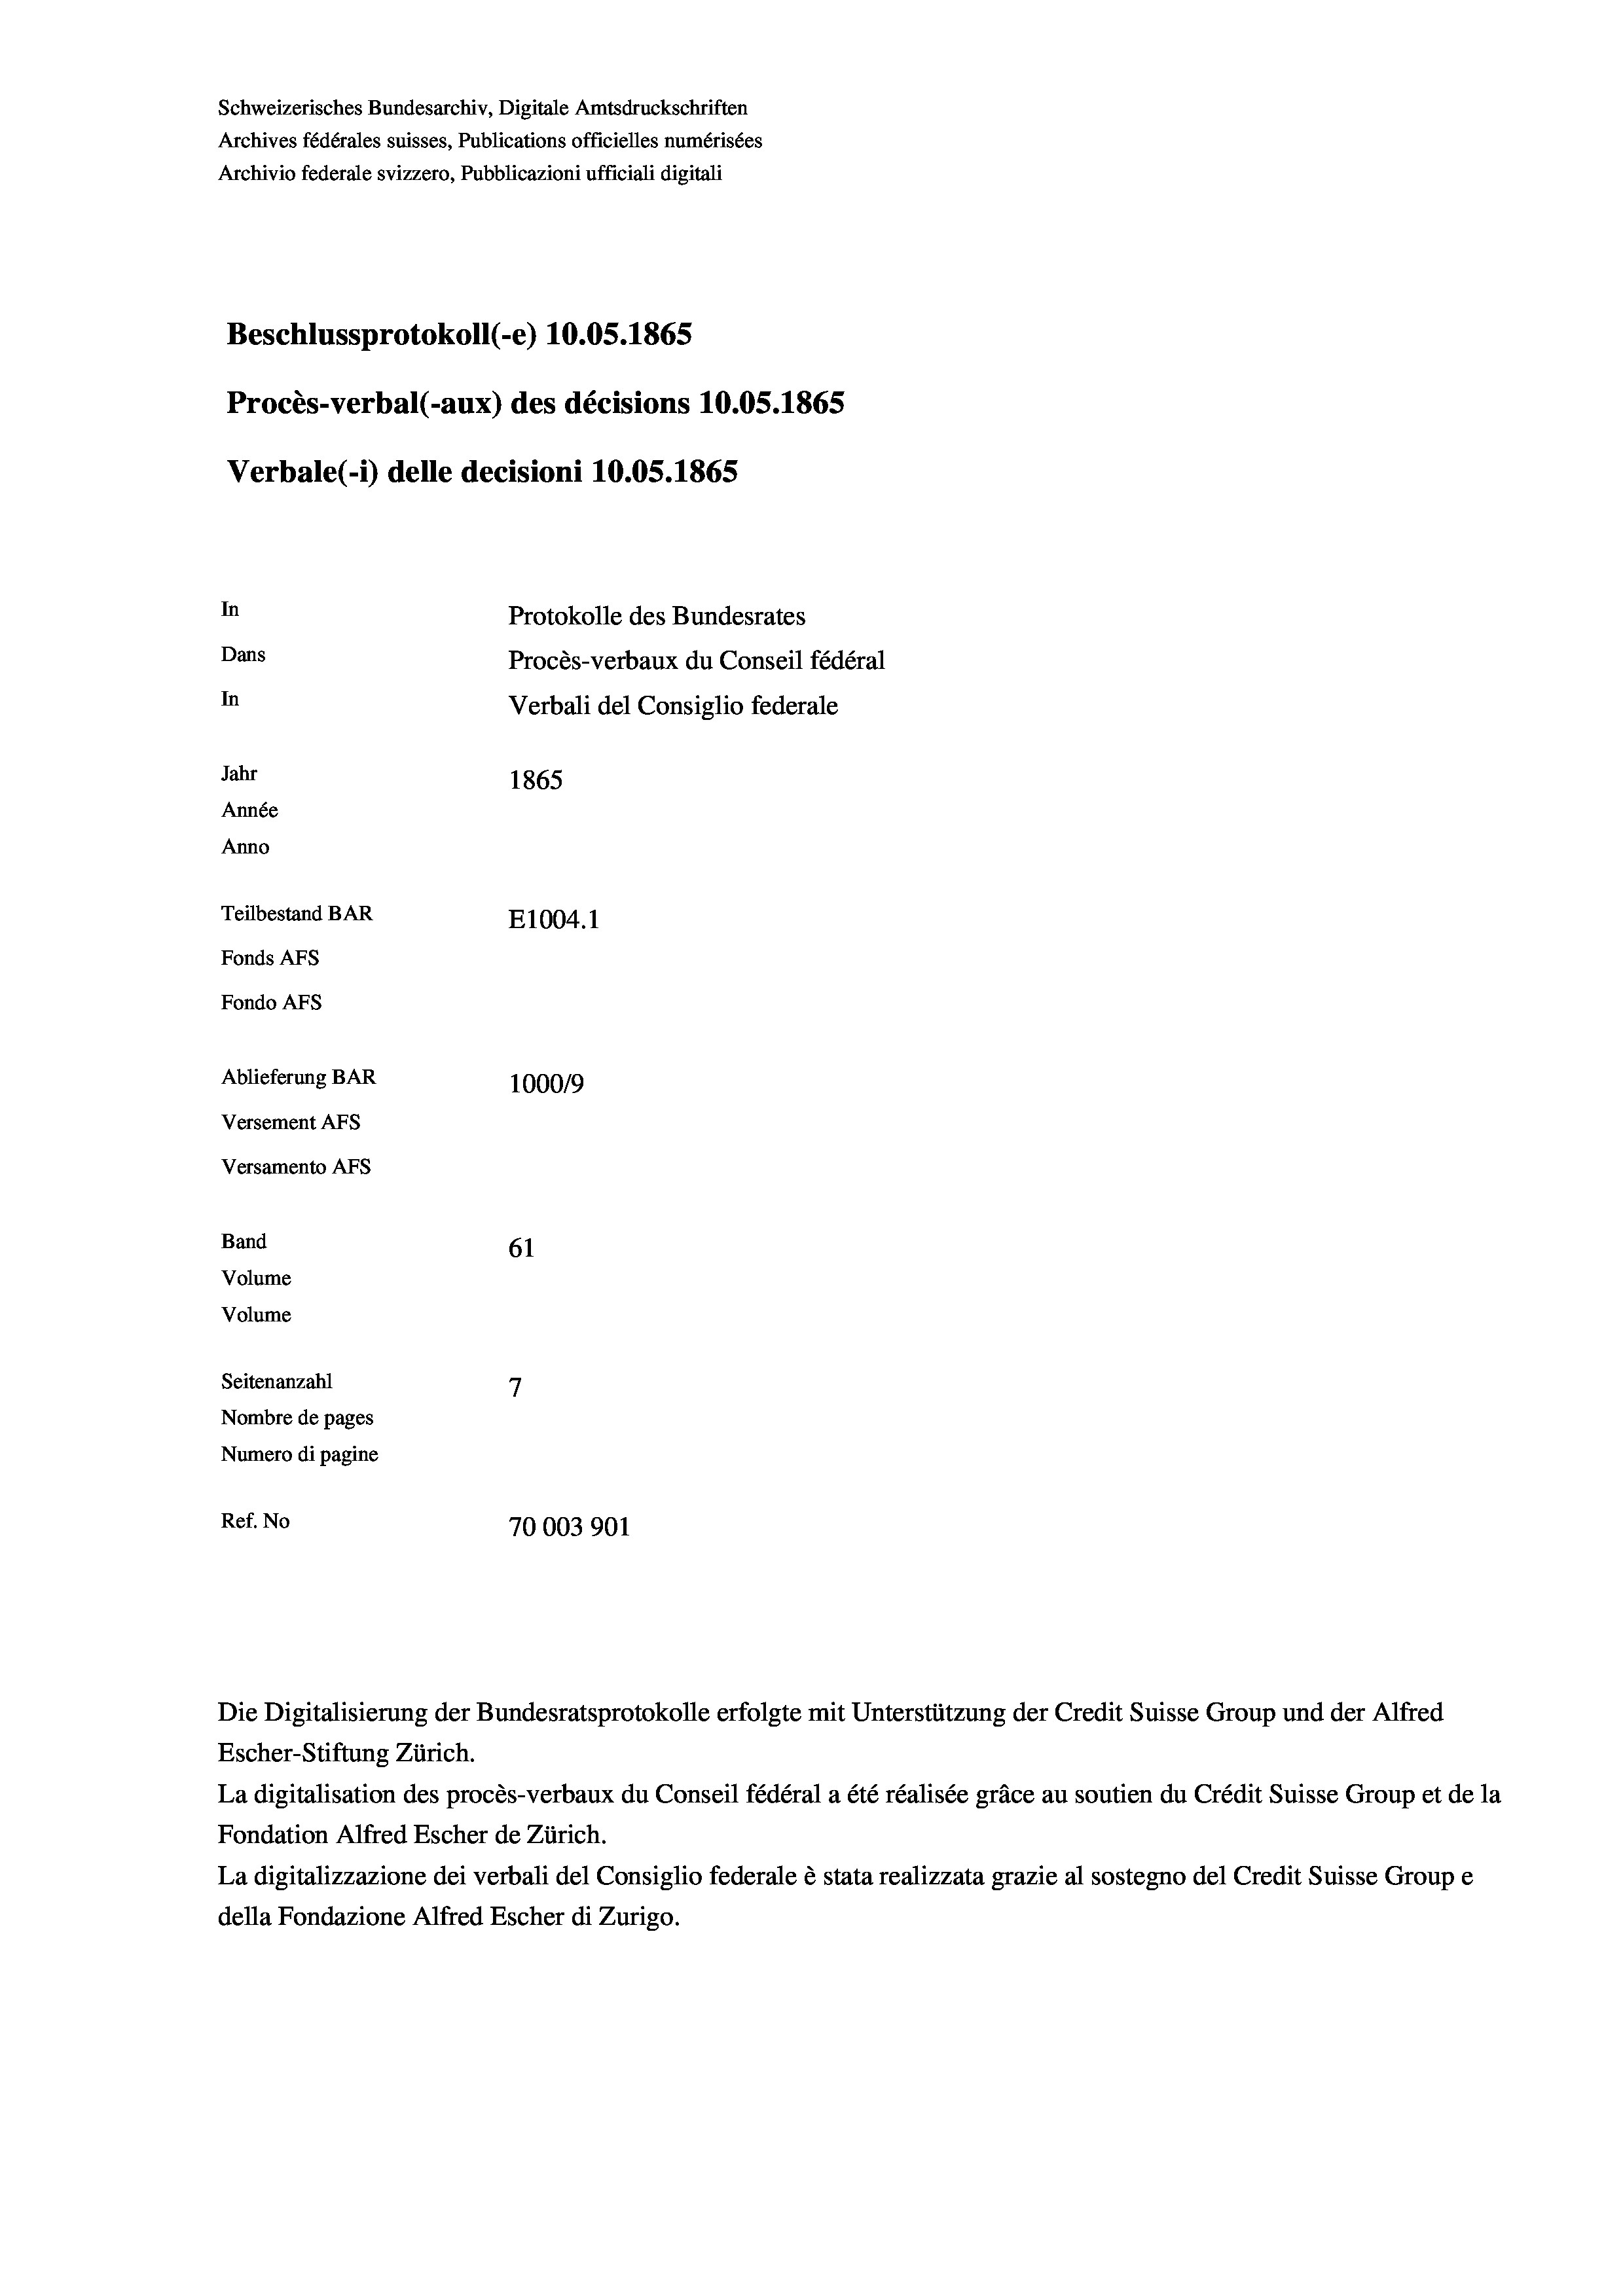
Schweizerisches Bundesarchiv, Digitale Amtsdruckschriften
Archives fédérales suisses, Publications officielles numérisées
Archivio federale svizzero, Pubblicazioni ufficiali digitali
Beschlussprotokoll (e) 10.05. 1865
Procès-verbal (-aux) des décisions 10.05. 1865
Verbale (1) delle decisioni 10.05. 1865
In
Protokolle des Bundesrates
Dans
Procès-verbaux du Conseil fédéral
In
Verbali del Consiglio federale
Jahr
1865
Année
Anno
Teilbestand BAR
E1004.1
Fonds AFs
Fondo AFS
Ablieferung BAR
100019
Versement Abs
Versamento Afs
Band
61
Volume
Volume
7
Seitenanzahl
Nombre de pages
Numero di pagine
Ref. No
70003901

Die Digitalisierung der Bundesratsprotokolle erfolgte mit Unterstützung der Credit Suisse Group und der Alfred
Escher-Stiftung Zürich.

La digitalisation des procès-verbaux du Conseil fédéral a été réalisée gräce au soutien du Crédit Suisse Group et de la
Fondation Alfred Escher de Zürich.
La digitalizzazione dei verbali del Consiglio federale è stata realizzata grazie al sostegno del Credit Suisse Groupe
della Fondazione Alfred Escher di Zurigo.